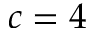
c = 4